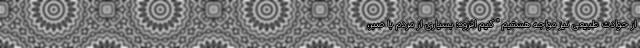
از حوادث طبیعی نیز مواجه هستیم " کیم افزود: بسیاری از مردم با صبر،